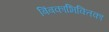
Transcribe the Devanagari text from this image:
बिंबकाभिक्तिका